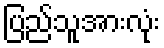
ပြည်သူအားလုံး